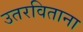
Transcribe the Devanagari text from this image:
उतरविताना